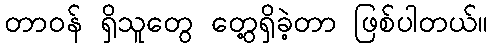
တာဝန် ရှိသူတွေ တွေ့ရှိခဲ့တာ ဖြစ်ပါတယ်။